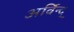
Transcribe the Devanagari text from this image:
अर्विन्द्